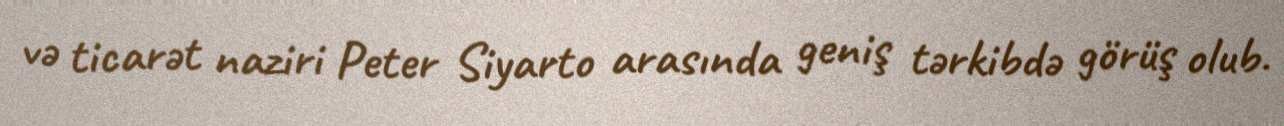
və ticarət naziri Peter Siyarto arasında geniş tərkibdə görüş olub.